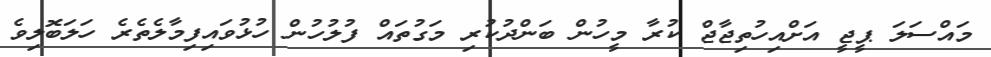
މައްސަލަ ޕީޖީ އަށްއިހުތިޖާޖް ކުރާ މީހުން ބަންދުކުރި މަގުތައް ފުލުހުން ހުޅުވައިފިމާލެތެރެ ހަލަބޮލިވެ